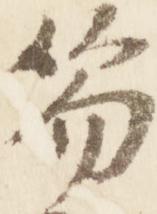
笏